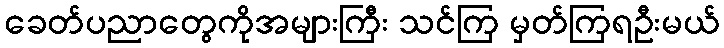
ခေတ်ပညာတွေကိုအများကြီး သင်ကြ မှတ်ကြရဦးမယ်